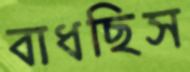
বাধছিস